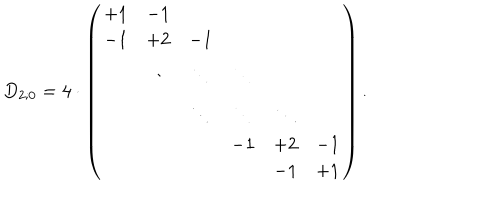
D _ { 2 ; 0 } = 4 \cdot \left( \begin{array} { c c c c c c } { { + 1 } } & { { - 1 } } & { { } } & { { } } & { { } } & { { } } \\ { { - 1 } } & { { + 2 } } & { { - 1 } } & { { } } & { { } } & { { } } \\ { { } } & { { \ddots } } & { { \ddots } } & { { \ddots } } & { { } } & { { } } \\ { { } } & { { } } & { { \ddots } } & { { \ddots } } & { { \ddots } } & { { } } \\ { { } } & { { } } & { { } } & { { - 1 } } & { { + 2 } } & { { - 1 } } \\ { { } } & { { } } & { { } } & { { } } & { { - 1 } } & { { + 1 } } \\ \end{array} \right) .